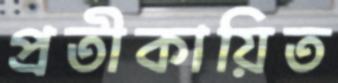
প্রতীকায়িত